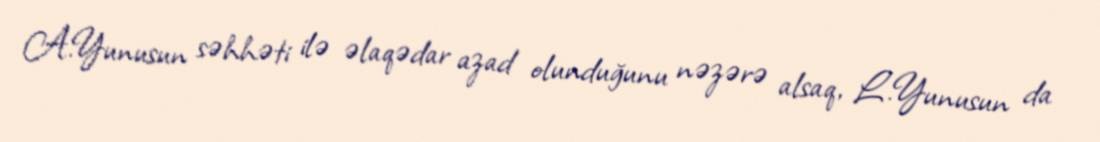
A.Yunusun səhhəti ilə əlaqədar azad olunduğunu nəzərə alsaq, L.Yunusun da